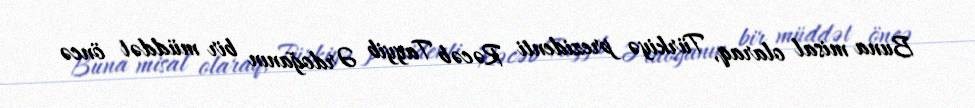
Buna misal olaraq, Türkiyə prezidenti Rəcəb Tayyib Ərdoğanın bir müddət öncə